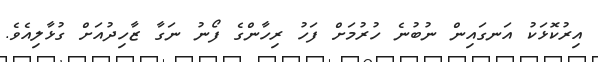
އިރުކޮޅަކު އަނގައިން ނުބުނެ ހުރުމަށް ފަހު ރިހާންގެ ފޯނު ނަގާ ޒާހިދުއަށް ގުޅާލިއެވެ.